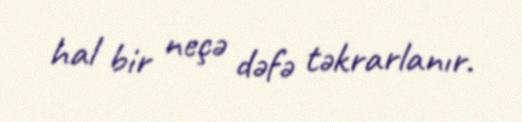
hal bir neçə dəfə təkrarlanır.